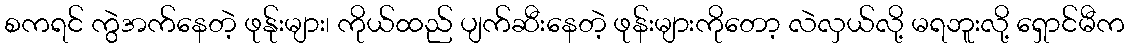
စကရင် ကွဲအက်နေတဲ့ ဖုန်ုးများ၊ ကိုယ်ထည် ပျက်ဆီးနေတဲ့ ဖုန်းများကိုတော့ လဲလှယ်လို့ မရဘူးလို့ ရှောင်မီက